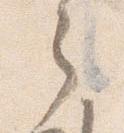
之